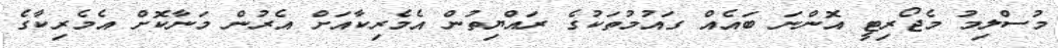
މުސްލިމު މެޖޯރިޓީ އޮންނަ ބައެއް ގައުމުތަކުގެ ރައްޔިތުން އެމެރިކާއަށް އެރުން މަނާކޮށް އެމެރިކާގެ